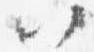
以